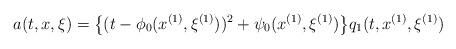
LaTeX: \begin{align*}a(t, x, \xi)=\big\{(t-\phi_0(x^{(1)}, \xi^{(1)}))^2+\psi_0(x^{(1)}, \xi^{(1)})\big\}q_1(t, x^{(1)}, \xi^{(1)})\end{align*}